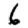
Digit: 6